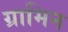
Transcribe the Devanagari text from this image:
ग्रामिन